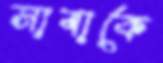
সাবাকে